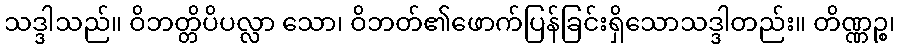
သဒ္ဒါသည်။ ဝိဘတ္တိပိပလ္လာ သော၊ ဝိဘတ်၏ဖောက်ပြန်ခြင်းရှိသောသဒ္ဒါတည်း။ တိဏ္ဏဉ္စ၊